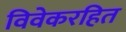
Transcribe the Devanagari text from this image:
विवेकरहित